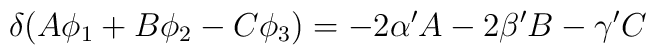
\delta(A\phi_1+B\phi_2-C\phi_3)= -2\alpha' A-2\beta'B-\gamma'C